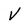
Character: V